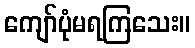
ကျော်ပုံမရကြသေး။